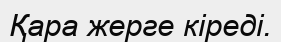
Қара жерге кіреді.